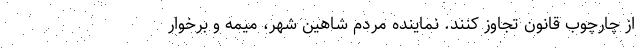
از چارچوب قانون تجاوز کنند. نماینده مردم شاهین شهر، میمه و برخوار